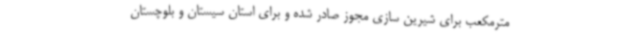
مترمکعب برای شیرین سازی مجوز صادر شده و برای استان سیستان و بلوچستان